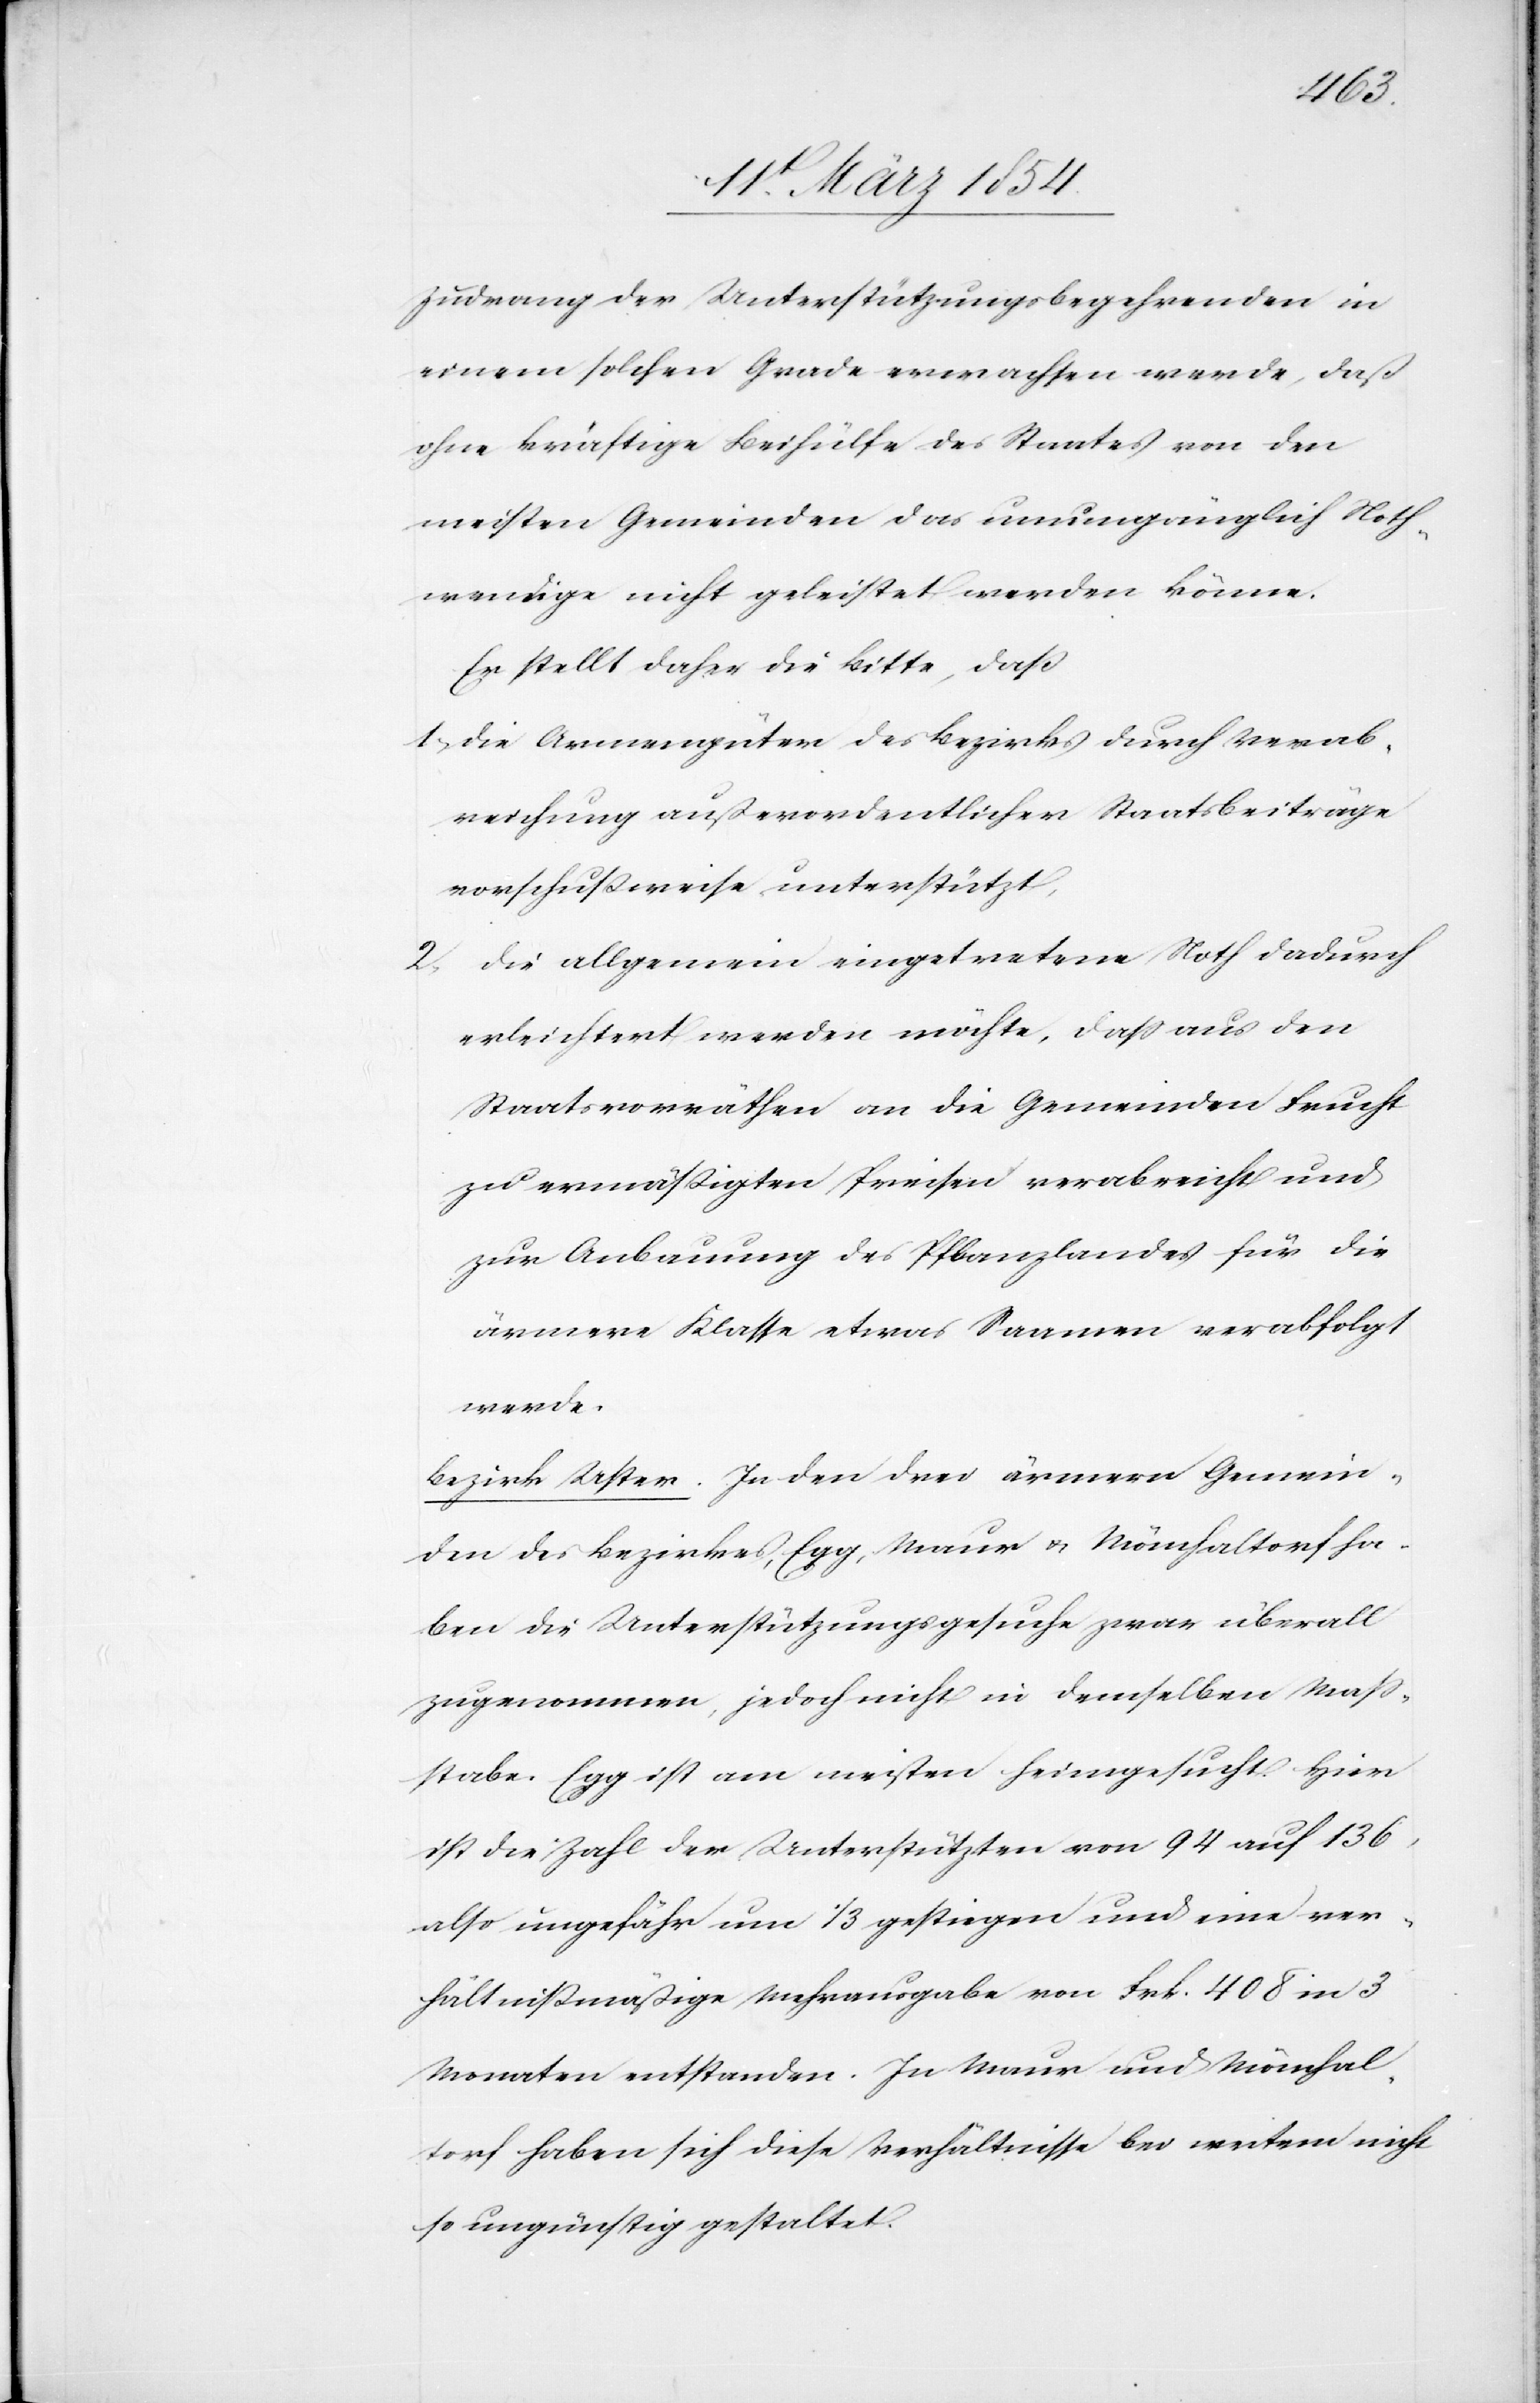
Zudrang der Unterstützungsbegehrenden in
einem solchen Grade erwachsen werde, daß
ohne kräftige Beihülfe des Staates von den
meisten Gemeinden das unumgänglich Noth¬
wendige nicht geleistet werden könne.
Er stellt daher die Bitte, daß
1; die Armengüter des Bezirks durch Verab¬
reichung außerordentlicher Staatsbeiträge
vorschußweise unterstützt,
2; die allgemein eingetretene Noth dadurch
erleichtert werden möchte, daß aus den
Staatsvorräthen an die Gemeinden Frucht
zu ermäßigten Preisen verabreicht und
zur Anbauung des Pflanzlandes für die
ärmere Klasse etwas Saamen verabfolgt
werde.
Bezirk Uster. In den drei ärmern Gemein¬
den des Bezirkes, Egg, Maur u. Mönchaltorf ha¬
ben die Unterstützungsgesuche zwar überall
zugenommen, jedoch nicht in demselben Maß¬
stabe. Egg ist am meisten heimgesucht. Hier
ist die Zahl der Unterstützten von 94 auf 136,
also ungefähr um 1/3 gestiegen und eine ver¬
hältnißmäßige Mehrausgabe von Frk. 408 in 3
Monaten entstanden. In Maur und Mönchal¬
torf haben sich diese Verhältnisse bei weitem nicht
so ungünstig gestaltet.